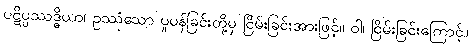
ပဋိပ္ပဿဒ္ဓိယာ၊ ဥဿုံသော ပူပန်ခြင်းတို့မှ ငြိမ်းခြင်းအားဖြင့်။ ဝါ၊ ငြိမ်းခြင်းကြောင့်။